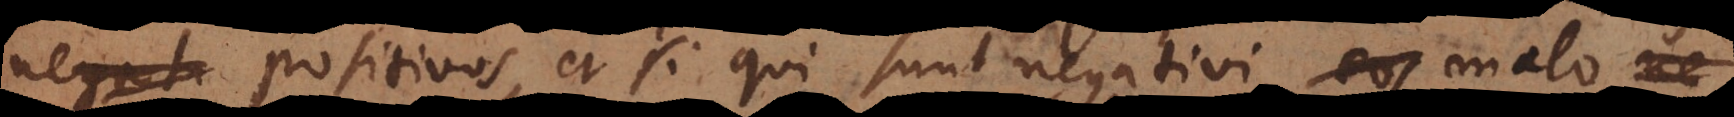
positivos, et si qui sunt negativi, malo